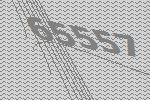
65557